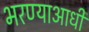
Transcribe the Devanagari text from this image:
भरण्याआधी